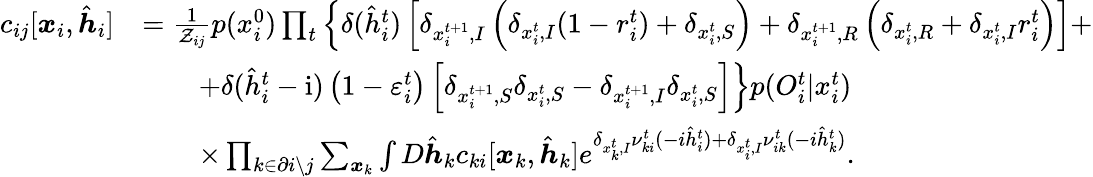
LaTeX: \begin{array}{rl}{c_{ij}[\boldsymbol{x}_{i},\hat{\boldsymbol{h}}_{i}]}&{=\frac{1}{\mathcal{Z}_{ij}}p(x_{i}^{0})\prod_{t}\left\{ \delta(\hat{h}_{i}^{t})\left[\delta_{x_{i}^{t+1},I}\left(\delta_{x_{i}^{t},I}(1-r_{i}^{t})+\delta_{x_{i}^{t},S}\right)+\delta_{x_{i}^{t+1},R}\left(\delta_{x_{i}^{t},R}+\delta_{x_{i}^{t},I}r_{i}^{t}\right)\right]+\right.}\\ &{\qquad\left.+\delta(\hat{h}_{i}^{t}-\mathrm{i})\left(1-\varepsilon_{i}^{t}\right)\left[\delta_{x_{i}^{t+1},S}\delta_{x_{i}^{t},S}-\delta_{x_{i}^{t+1},I}\delta_{x_{i}^{t},S}\right]\right\} p({O}_{i}^{t}|x_{i}^{t})}\\ &{\qquad\times\prod_{k\in\partial i\setminus j}\sum_{\boldsymbol{x}_{k}}\int D\hat{\boldsymbol{h}}_{k}c_{ki}[\boldsymbol{x}_{k},\hat{\boldsymbol{h}}_{k}]e^{\delta_{x_{k}^{t},I}\nu_{ki}^{t}(-i\hat{h}_{i}^{t})+\delta_{x_{i}^{t},I}\nu_{ik}^{t}(-i\hat{h}_{k}^{t})}.}\end{array}